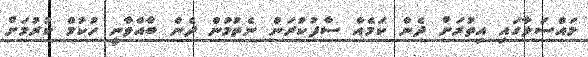
މައްސަލާގައި އިތުރަށް ދެން ކަމެއް ސާފުކުރަން ނެތުމުން ދެން ބާއްވާނީ ހުކުމް ކުރުމަށް